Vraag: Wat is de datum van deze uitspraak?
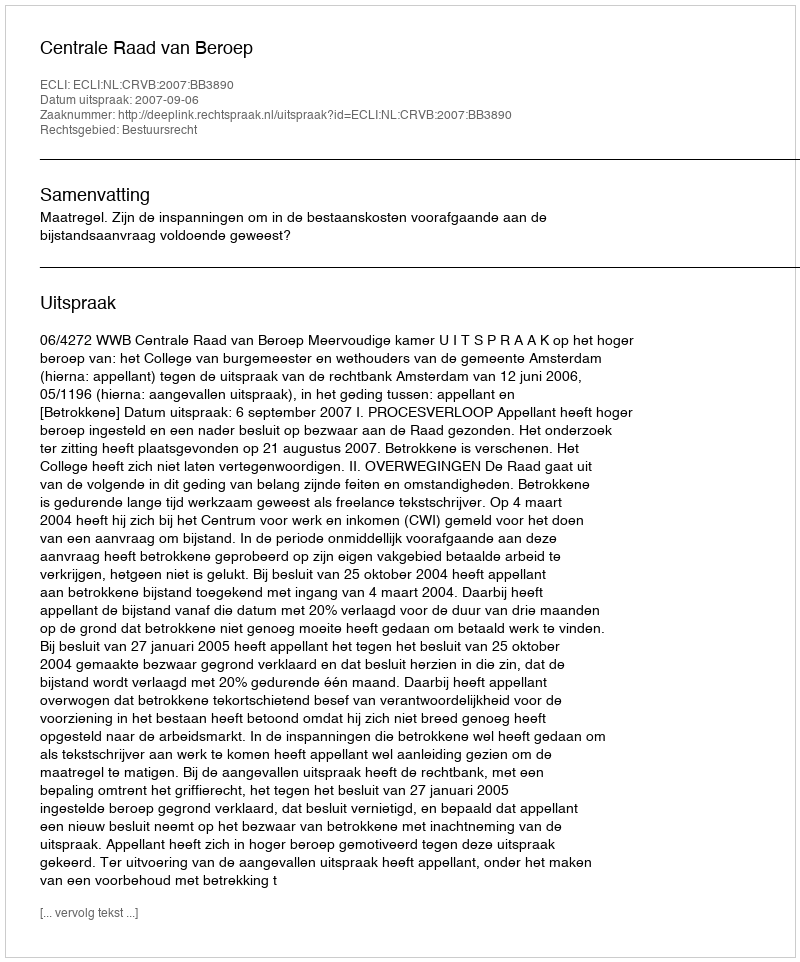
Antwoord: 2007-09-06